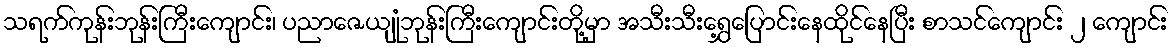
သရက်ကုန်းဘုန်းကြီးကျောင်း၊ ပညာဇေယျုံဘုန်းကြီးကျောင်းတို့မှာ အသီးသီးရွှေ့ပြောင်းနေထိုင်နေပြီး စာသင်ကျောင်း ၂ ကျောင်း